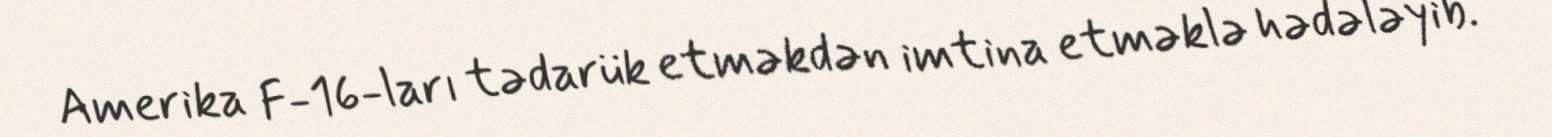
Amerika F-16-ları tədarük etməkdən imtina etməklə hədələyib.